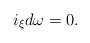
\begin{align*}i_\xi d\omega=0.\end{align*}